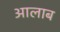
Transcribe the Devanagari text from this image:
आलाब